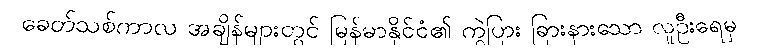
ခေတ်သစ်ကာလ အချိန်များတွင် မြန်မာနိုင်ငံ၏ ကွဲပြား ခြားနားသော လူဦးရေမှ